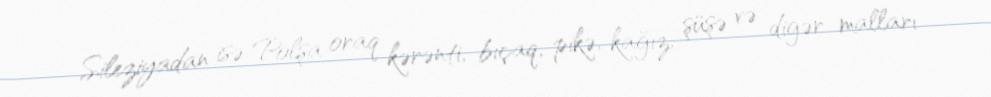
Sileziyadan isə Polşa oraq kərənti, bıçaq, pikə, kağız, şüşə və digər malları